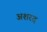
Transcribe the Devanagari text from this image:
अशरद